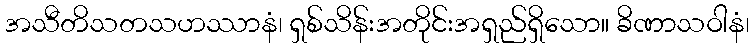
အသီတိသတသဟဿာနံ၊ ရှစ်သိန်းအတိုင်းအရှည်ရှိသော။ ခိဏာသဝါနံ၊